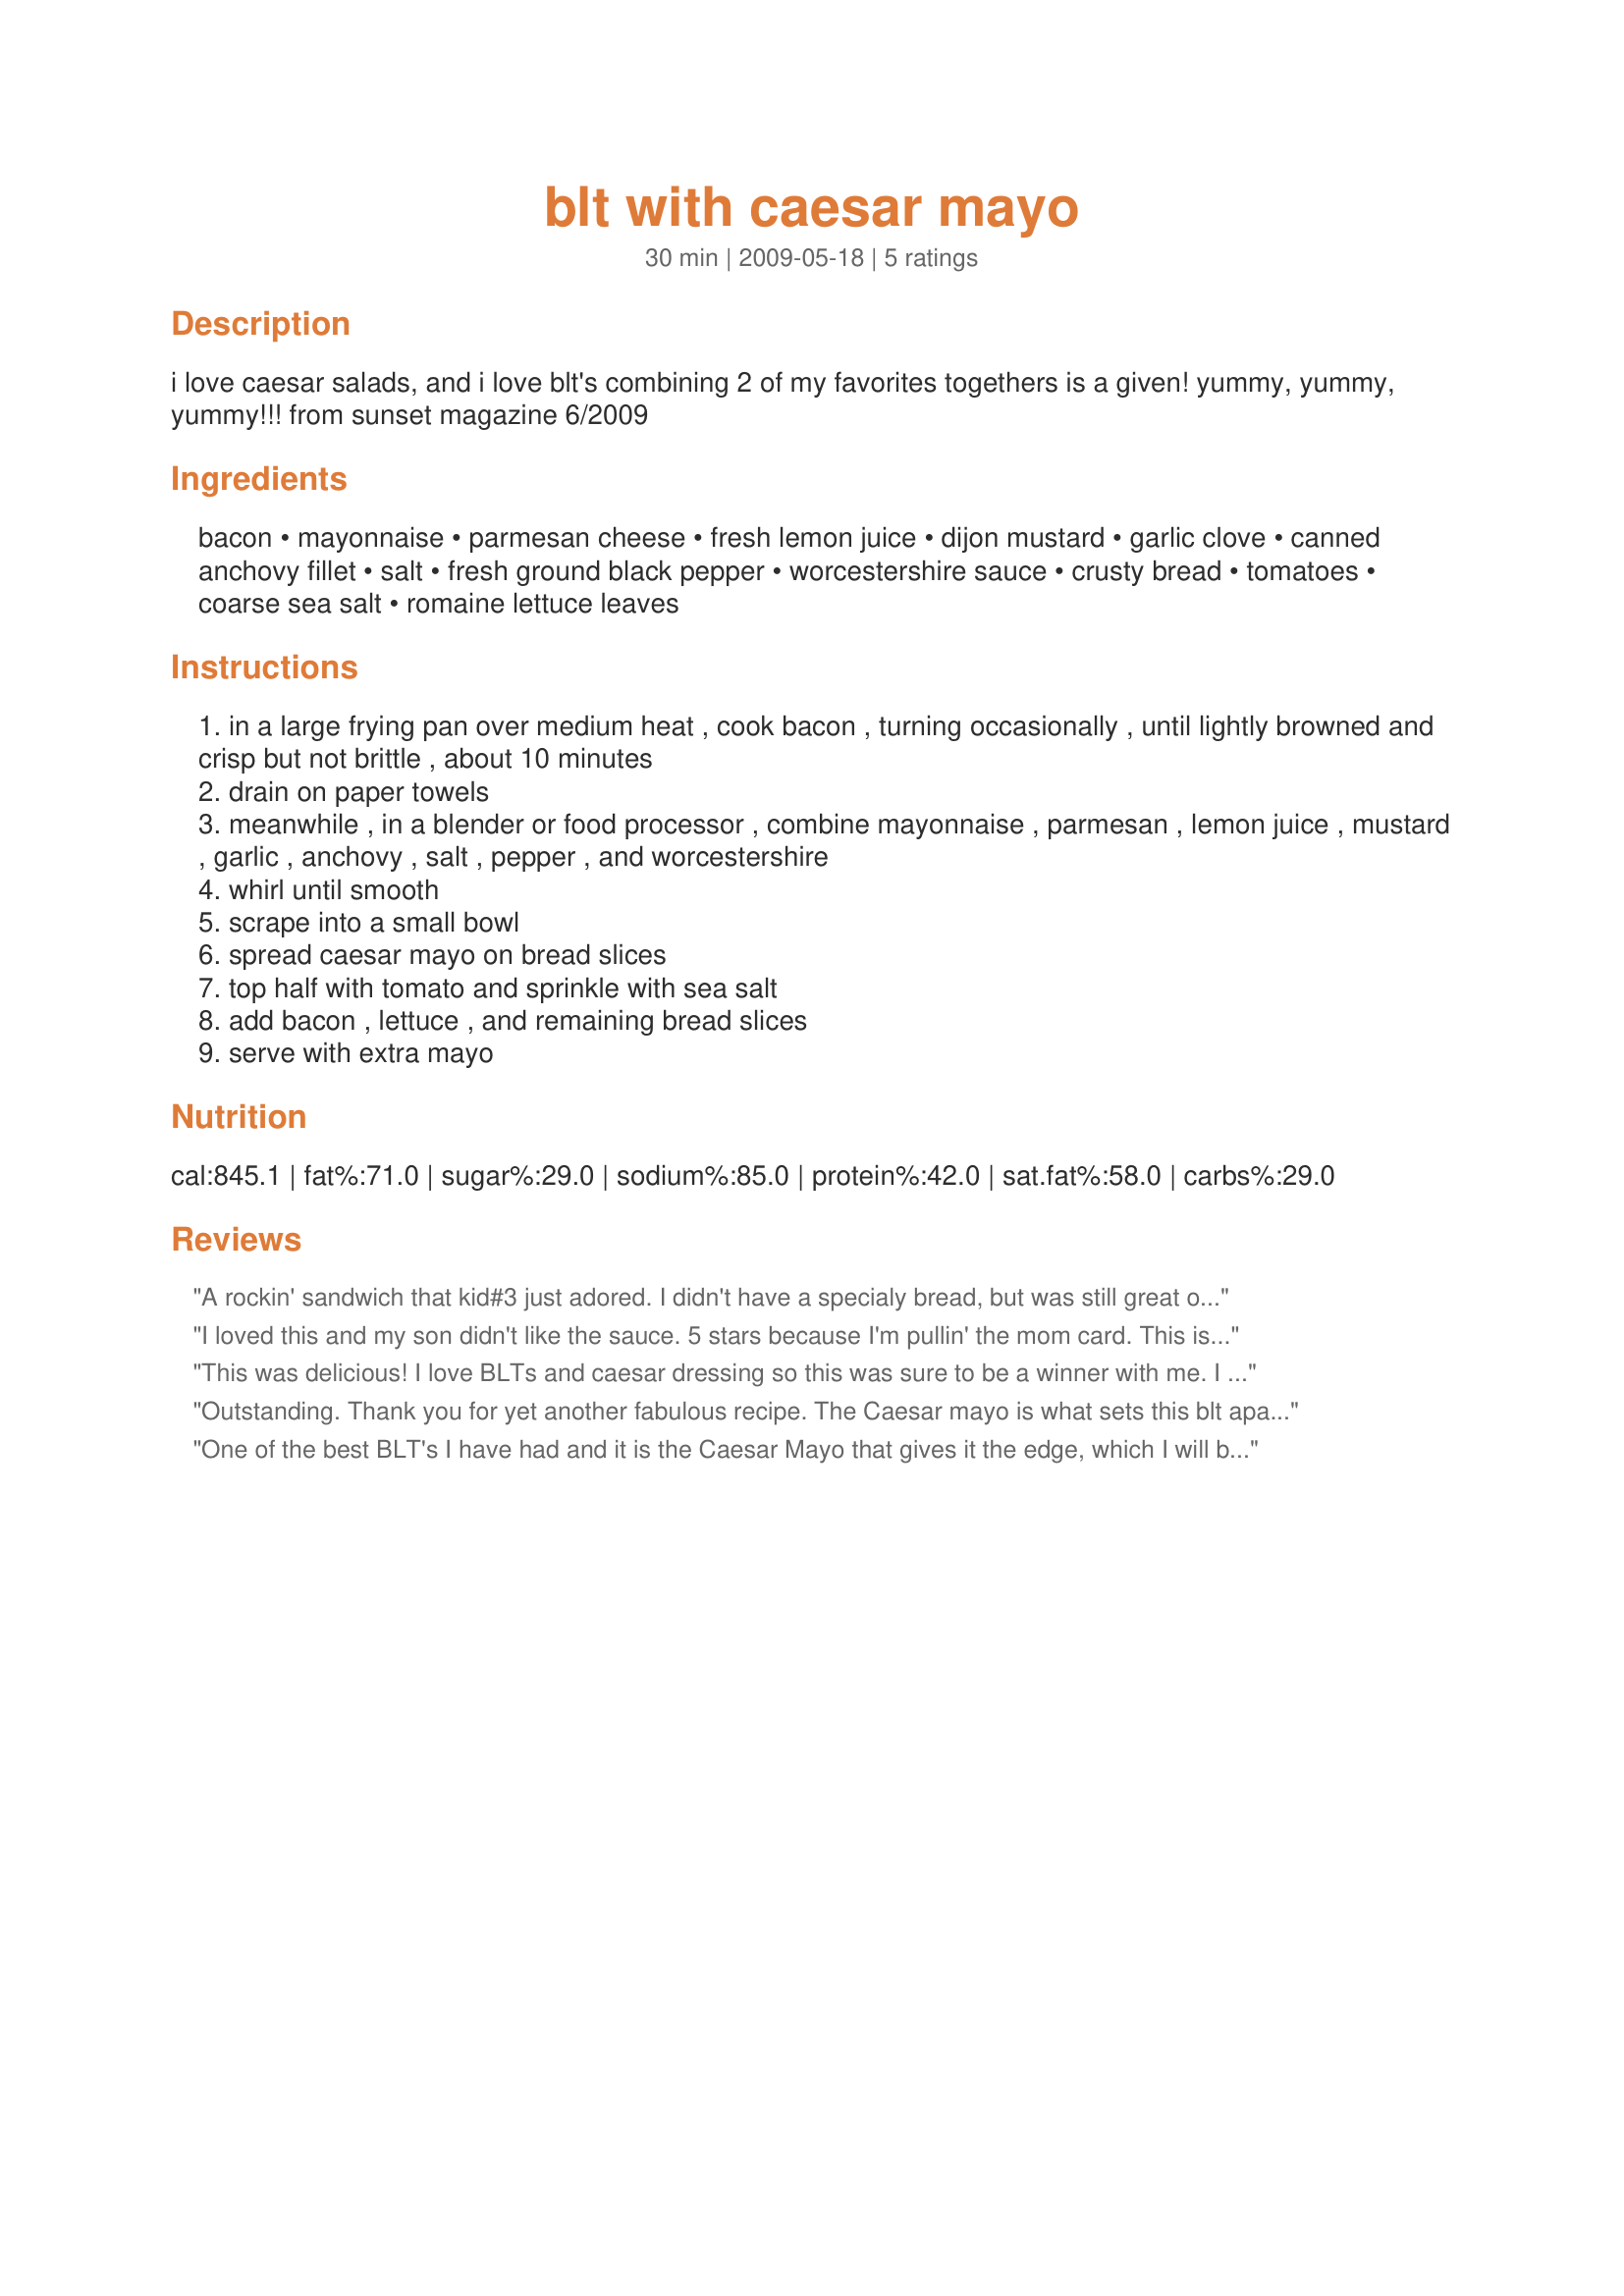
blt with caesar mayo
Preparation time: 30 minutes

i love caesar salads, and i love blt's combining 2 of my favorites togethers is a given! yummy, yummy, yummy!!!

from sunset magazine 6/2009

Ingredients:
bacon, mayonnaise, parmesan cheese, fresh lemon juice, dijon mustard, garlic clove, canned anchovy fillet, salt, fresh ground black pepper, worcestershire sauce, crusty bread, tomatoes, coarse sea salt, romaine lettuce leaves

Steps:
in a large frying pan over medium heat , cook bacon , turning occasionally , until lightly browned and crisp but not brittle , about 10 minutes
drain on paper towels
meanwhile , in a blender or food processor , combine mayonnaise , parmesan , lemon juice , mustard , garlic , anchovy , salt , pepper , and worcestershire
whirl until smooth
scrape into a small bowl
spread caesar mayo on bread slices
top half with tomato and sprinkle with sea salt
add bacon , lettuce , and remaining bread slices
serve with extra mayo

Reviews:
A rockin' sandwich that kid#3 just adored. I didn't have a specialy bread, but was still great on honey wheat. Made for Everyday is a Holiday tagged 5/24
I loved this and my son didn't like the sauce. 5 stars because I'm pullin' the mom card. This is really good. <br/><br/>I think I might cut back on the salt if I am ever allowed to eat adult food again and the lemon juice but that is just me and my own personal preference.
This was delicious! I love BLTs and caesar dressing so this was sure to be a winner with me. I used regular bacon and left out the anchovy but otherwise made it as written. YUM! Thanks, kitty!
Outstanding. Thank you for yet another fabulous recipe. The Caesar mayo is what sets this blt apart. It adds such a wonderful flavor and complements the bacon, tomato and lettuce very well. I made half of the mayo - made 2 sandwiches - and still have some mayo left! I only already had anchovy paste in my fridge and estimated to use 1/2 t. of it for half the recipe. It seemed to be perfect! Made for KK's Chef Pick forum.
One of the best BLT's I have had and it is the Caesar Mayo that gives it the edge, which I will be using up on salad. I scaled this back to one and only put in half the amount of anchovies which suited me and served in in a wholemeal wholegrain bun. Thank you kittycatmom for a wonderful lunch, made for Everyday a Holiday.
